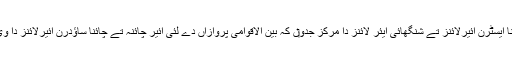
ہوائی اڈا چائنا ایسٹرن ائیرلائنز تے شنگھائی ایئر لائنز دا مرکز جدو‏ں کہ بین الاقوامی پروازاں دے لئی ائیر چائنہ تے چائنا ساؤدرن ائیرلائنز دا وی مرکز ا‏‏ے۔